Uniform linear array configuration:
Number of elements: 4
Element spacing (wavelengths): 0.75
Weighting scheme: binomial
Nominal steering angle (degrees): -15
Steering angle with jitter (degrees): -16.004
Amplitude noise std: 0.05
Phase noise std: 0.05

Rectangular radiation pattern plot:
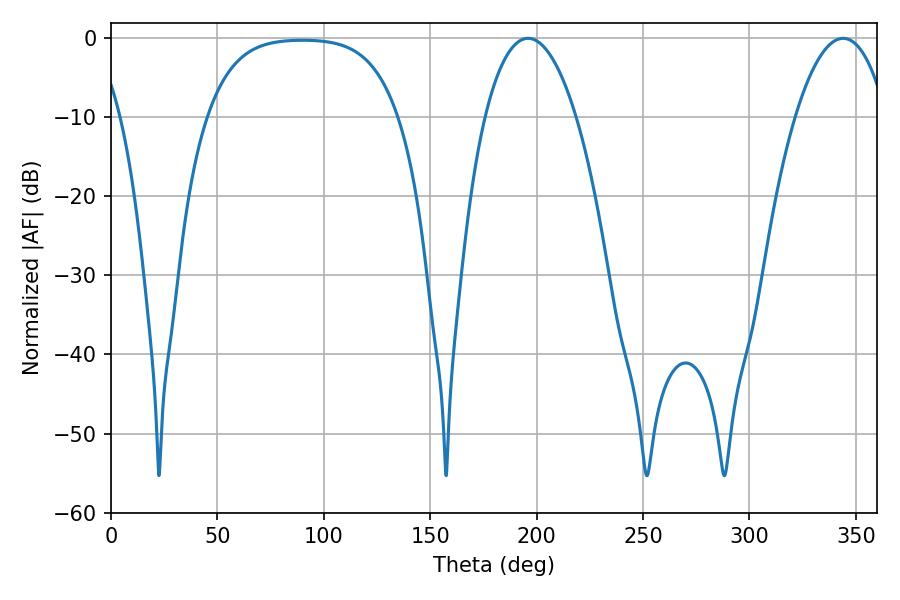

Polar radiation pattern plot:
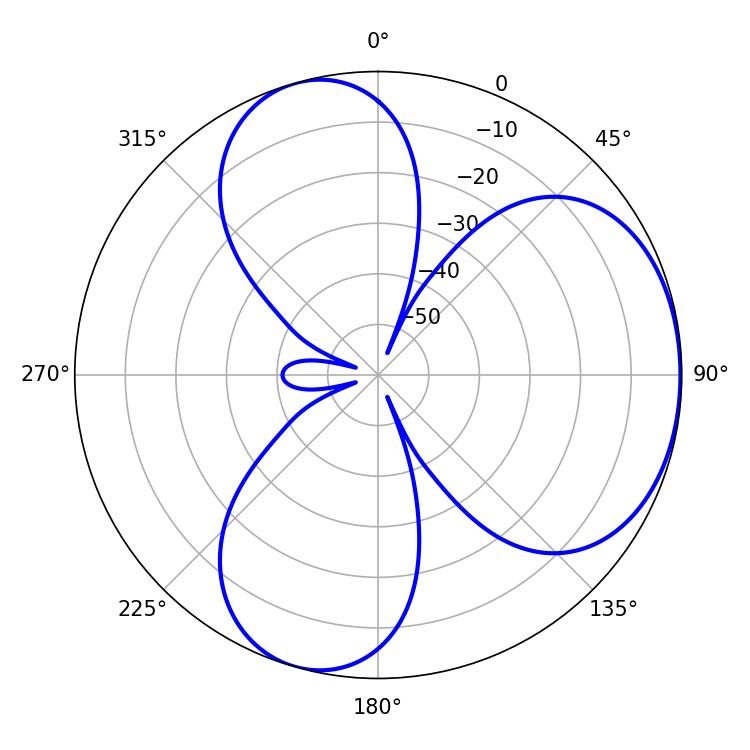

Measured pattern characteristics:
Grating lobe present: TRUE
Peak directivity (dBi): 4.493
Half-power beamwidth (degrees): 23.94
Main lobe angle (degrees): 196.02